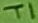
Text: T1